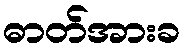
ဓာတ်အားခ